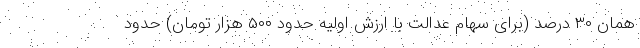
همان ۳۰ درصد (برای سهام عدالت با ارزش اولیه حدود ۵۰۰ هزار تومان) حدود